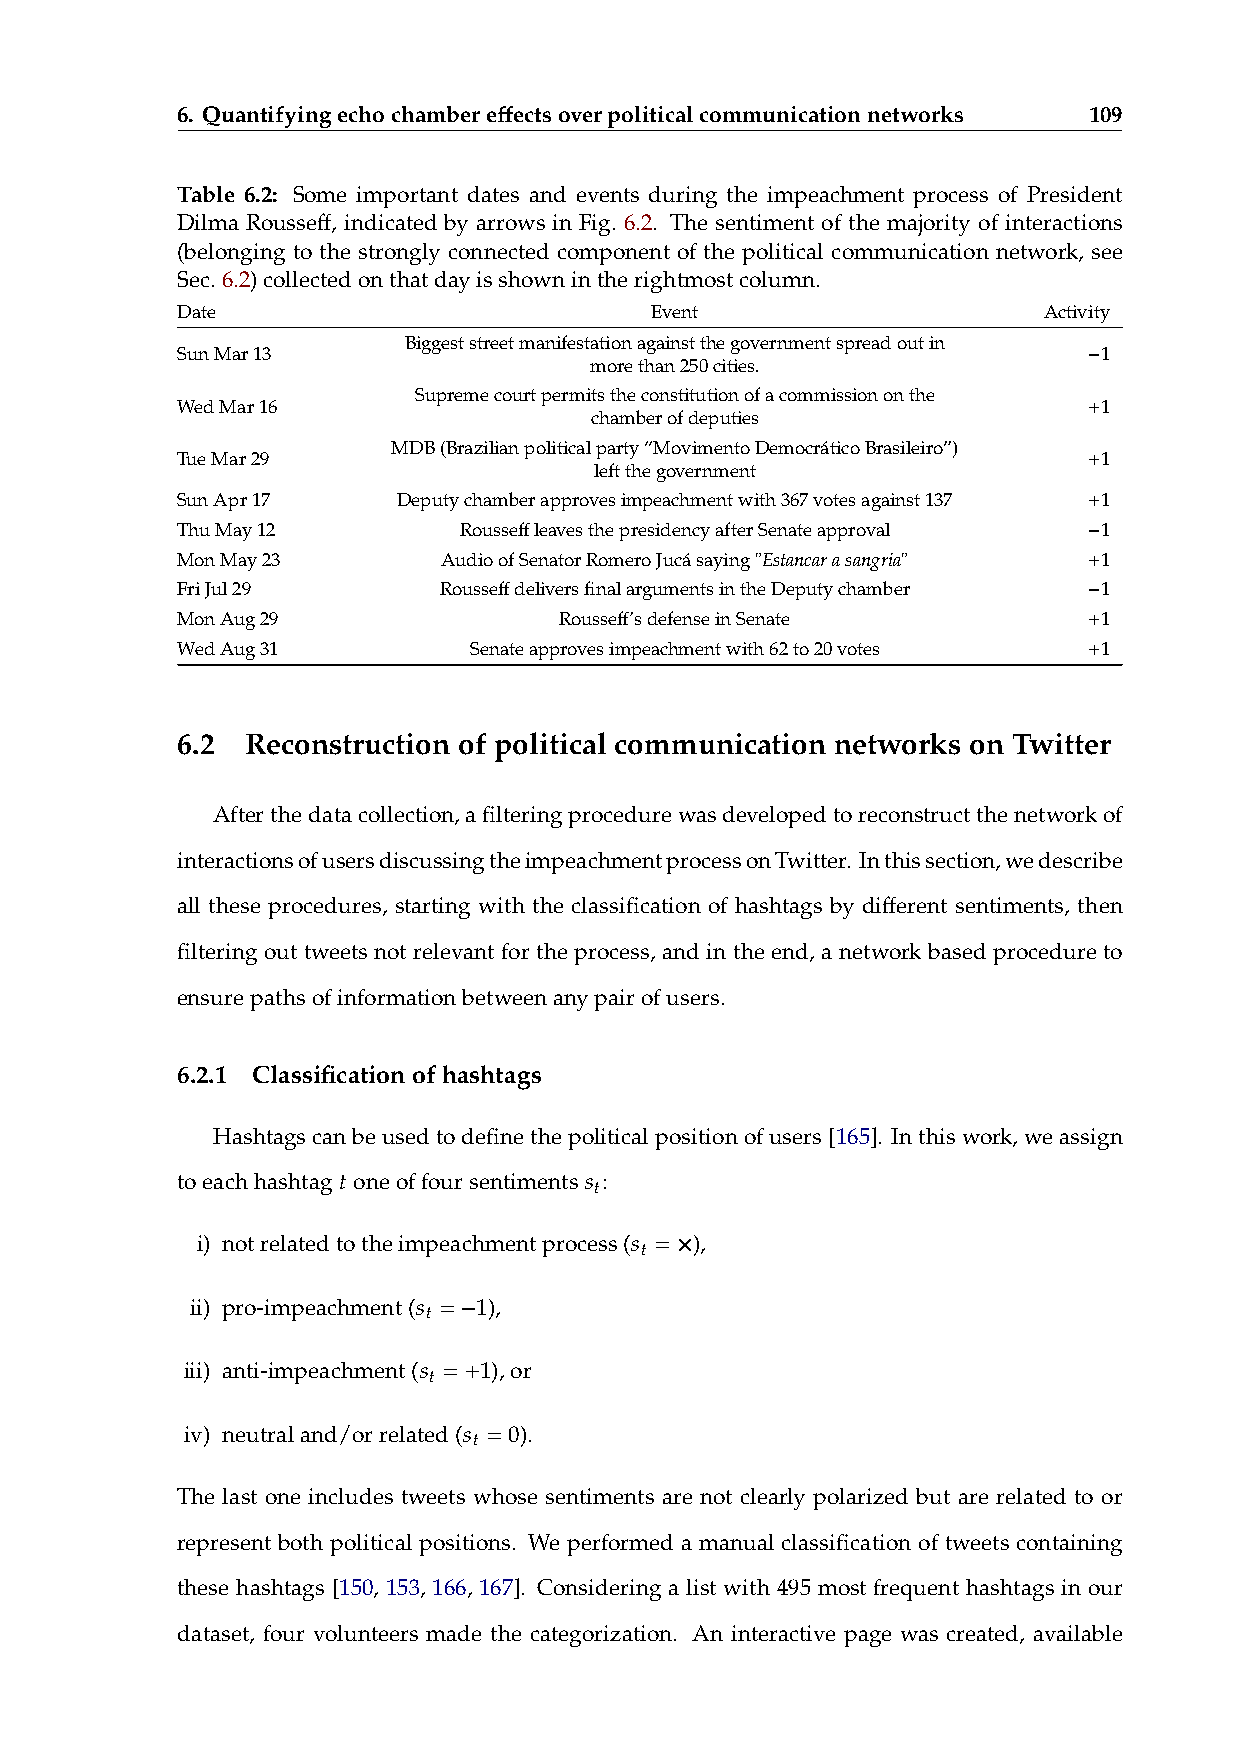
6. Quantifyingechochambereffectsoverpoliticalcommunicationnetworks 109
 Table 6.2: Some important dates and events during the impeachment process of President
 Dilma Rousseff, indicated by arrows in Fig. 6.2. The sentiment of the majority of interactions
 (belonging to the strongly connected component of the political communication network, see
 Sec.6.2)collectedonthatdayisshownintherightmostcolumn.
 Date                           Event                     Activity
 SunMar13       Biggeststreetmanifestationagainstthegovernmentspreadoutin −1
 morethan250cities.
 WedMar16       Supremecourtpermitstheconstitutionofacommissiononthe +1
 chamberofdeputies
 TueMar29      MDB(Brazilianpoliticalparty“MovimentoDemocráticoBrasileiro”) +1
 leftthegovernment
 SunApr17      Deputychamberapprovesimpeachmentwith367votesagainst137 +1
 ThuMay12          RousseffleavesthepresidencyafterSenateapproval −1
 MonMay23         AudioofSenatorRomeroJucásaying"Estancarasangria" +1
 FriJul29         RousseffdeliversfinalargumentsintheDeputychamber −1
 MonAug29                 Rousseff’sdefenseinSenate          +1
 WedAug31           Senateapprovesimpeachmentwith62to20votes +1
 6.2 Reconstruction of political communication networks on Twitter
 Afterthedatacollection,afilteringprocedurewasdevelopedtoreconstructthenetworkof
 interactionsofusersdiscussingtheimpeachmentprocessonTwitter. Inthissection,wedescribe
 all these procedures, starting with the classification of hashtags by different sentiments, then
 filtering out tweets not relevant for the process, and in the end, a network based procedure to
 ensurepathsofinformationbetweenanypairofusers.
 6.2.1 Classificationofhashtags
 Hashtagscanbeusedtodefinethepoliticalpositionofusers[165]. Inthiswork,weassign
 𝑡                𝑠
 toeachhashtag oneoffoursentiments 𝑡:
 i) notrelatedtotheimpeachmentprocess(𝑠 𝑡 = ×),
 ii) pro-impeachment(𝑠 𝑡 = − 1),
 iii) anti-impeachment(𝑠 𝑡 = + 1),or
 iv) neutraland/orrelated(𝑠 𝑡 = 0).
 The last one includes tweets whose sentiments are not clearly polarized but are related to or
 represent both political positions. We performed a manual classification of tweets containing
 these hashtags [150, 153, 166, 167]. Considering a list with 495 most frequent hashtags in our
 dataset, four volunteers made the categorization. An interactive page was created, available